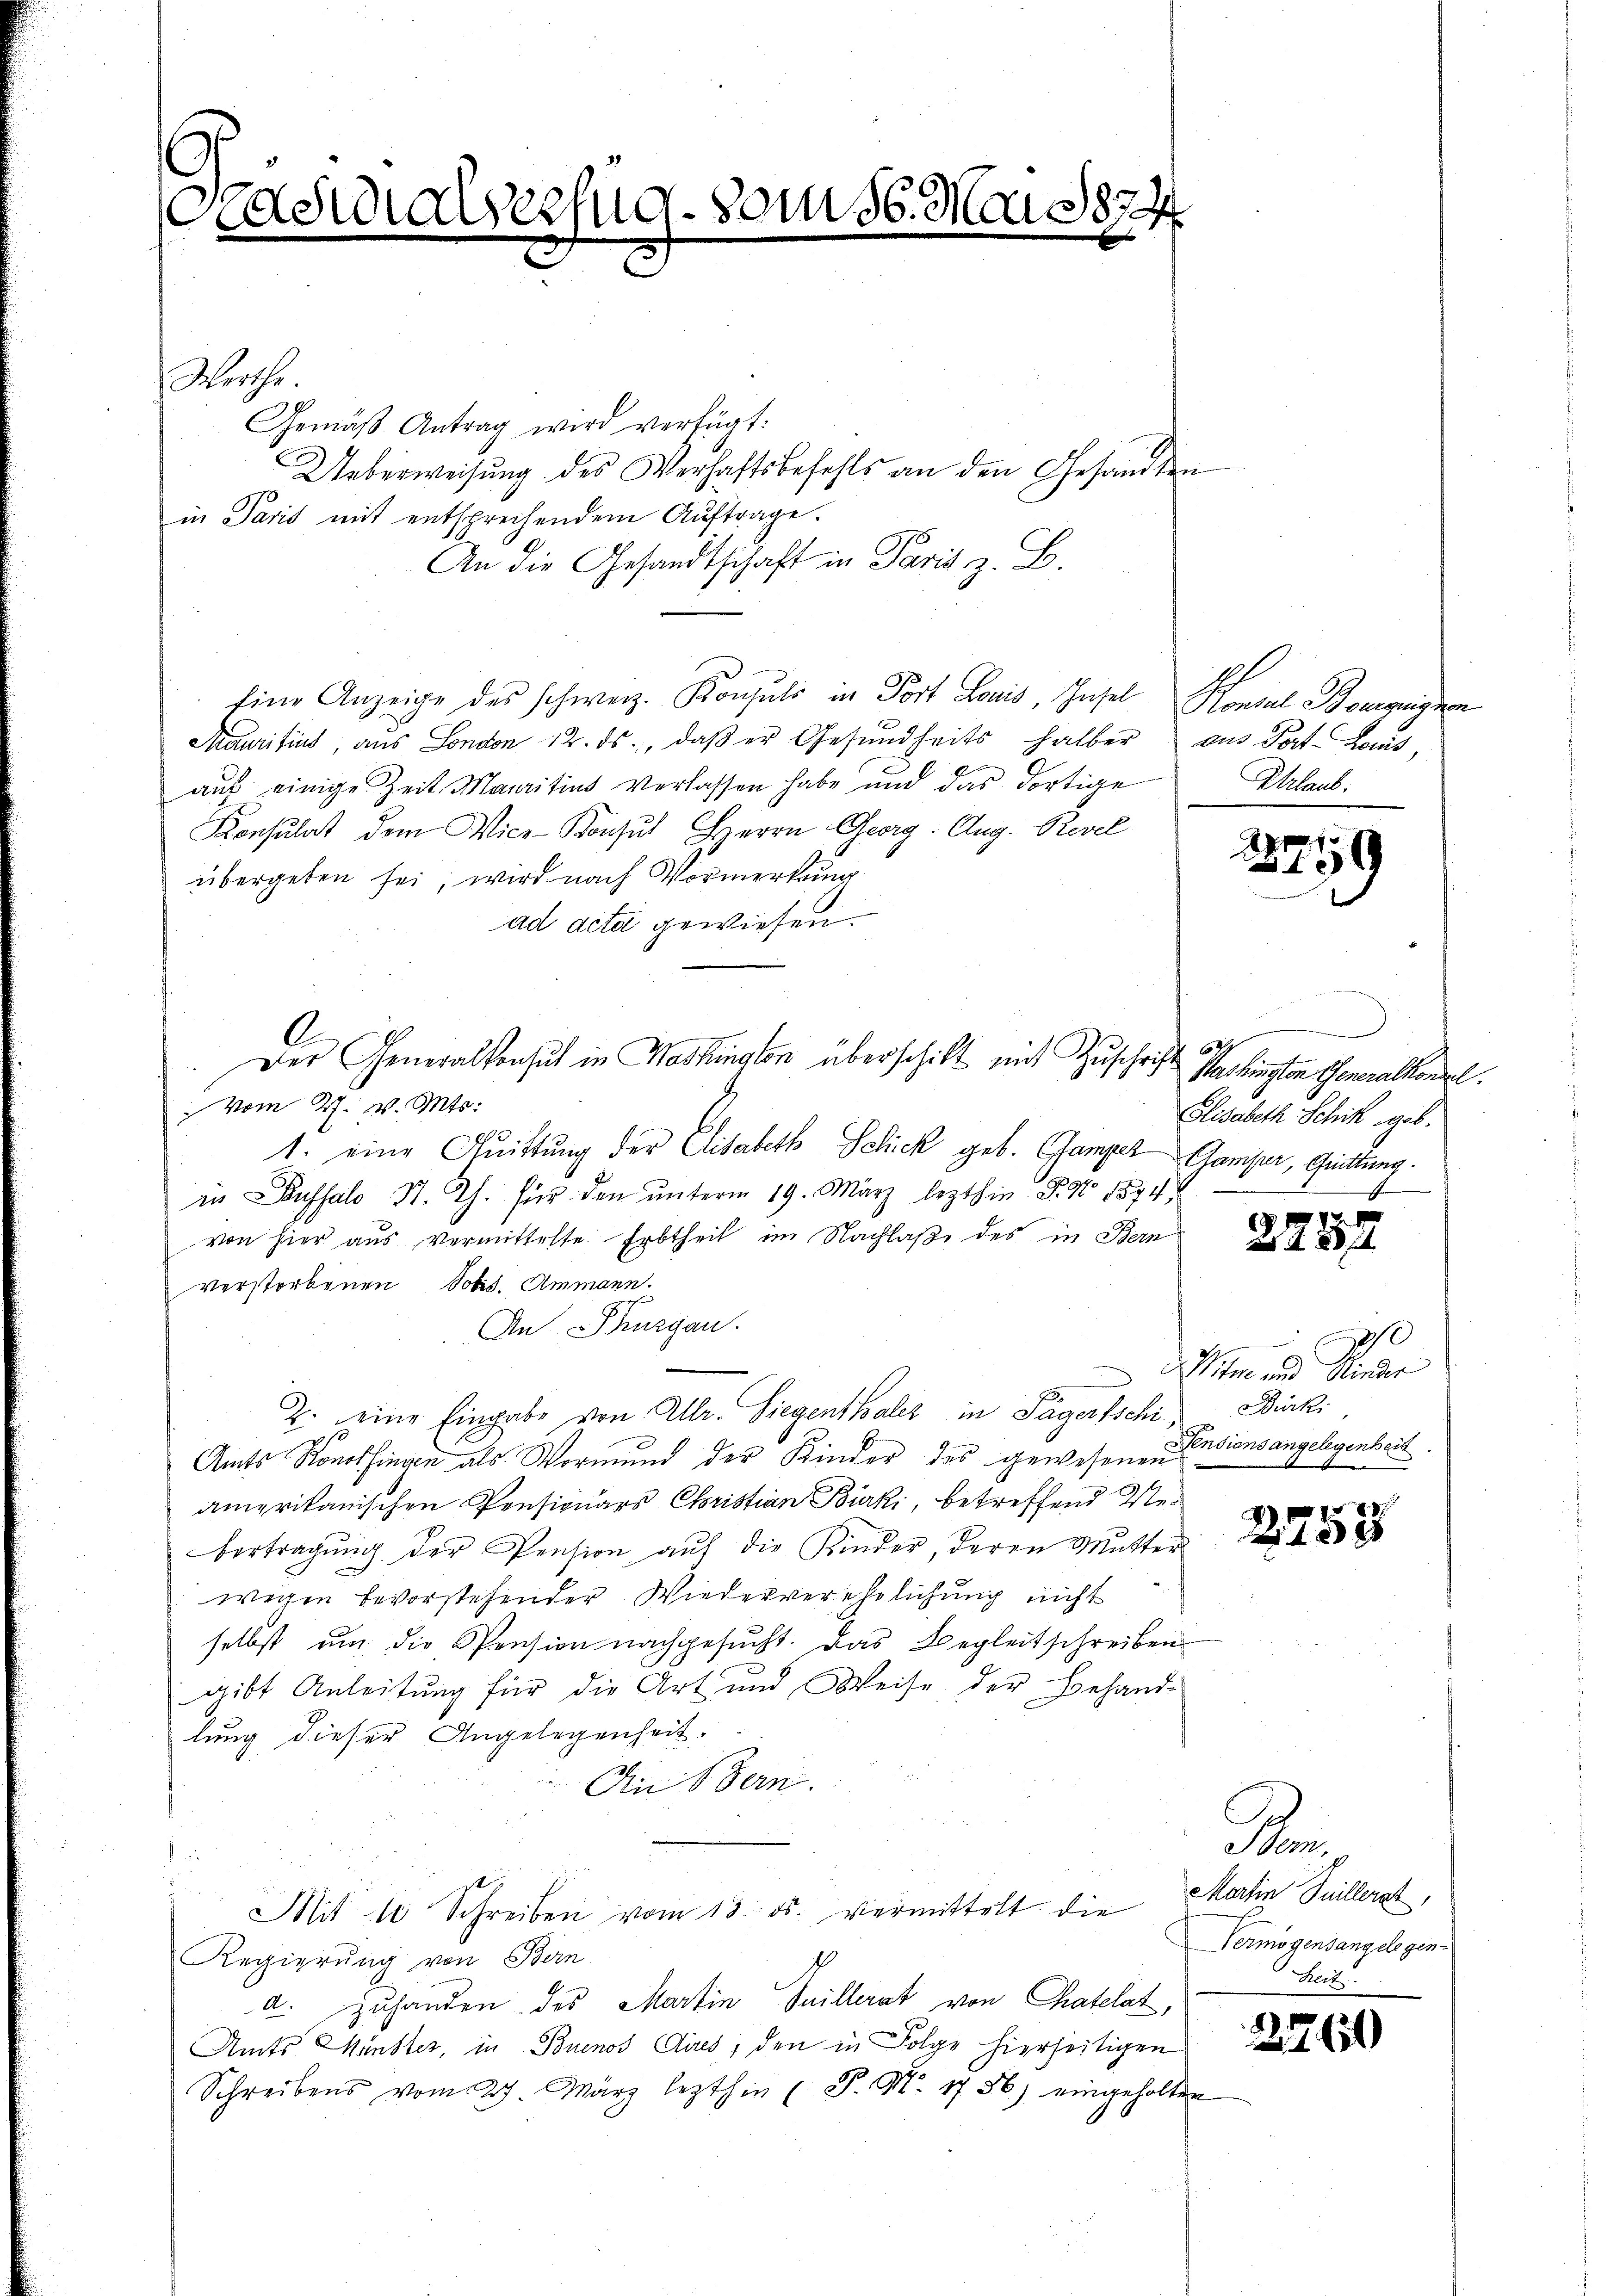
asidialbefug vom 16. Mai 1874

Werthe
Gemäß Antrag wird verfügt:
Ueberweisung des Verhaftsbefehls an den Gesandten
in Paris mit entsprechendem Auftrage.
An die Gesandtschaft in Paris z. B.
Eine Anzeige des schweiz. Konsuls in Fort Louis, Hasel, Konsul Bourgeignen
Maurifins, aus London 12. ds., daβ er Gesŭndheits halber aus Fort-Lonis,
auf einige Zeit Mauritius verlassen habe und das dortige
Konsulat dem Vice-Konsul Herrn Georg. Aug. Revel
übergeben sei, wird nach Vormerkung
ad acta gewiesen.
 vom 27. v. Mts.
1. eine Quittung der Elisabeth Schick geb. Gamper Gamper, Quittung.
in Kussalo St. Th. für den ŭnterm 19. März lezthin P. No 1874,
von hier aus vermittelte. Erbtheil im Nachlaße des in Bern
verstorbenen Tobis. Ammann.
An Thurgau.
n
E
2. eine Eingabe von Ullr. Siegenthaler in Sagerschi Bürki
Amts Konolfingen als Vormund der Kinder des gewesenen
amprikanischen Pensionars Christian Bürki, betreffend Nebertragŭng der Pension aŭf die Kinder, deren Mutter
wegen bevorstehender Wiederverehelichung nicht
selbst um die Spension nachgesucht. Das Begleitschreiben
gibt Anleitung für die Art und Weise der Behand-
lung dieser Angelegenheit.
An Bern.

5
Mit 10 Schreiben vom 13. ds. vermittelt die
Regierung von Bern.
a. Zuhanden des Martin Suillerat von Chatelat,
Amts Münster, in Buenos Aires, den in Folge hierseitigen
Schreibens vom 27. März lezthin (P. Nr. 1756) eingeholten

A

Der Generalkonsuch in Washingten überschikt mit Zuschrift

Urlaub.

3759

.
627
Stashingten Generalkonsel
Elisabeth Schik geb.

2254

20
Witwe und Kinder
Pensionsangelegenheit.

x

Fon
Martin Suillerat,
Vermögensangelegen¬
Beit